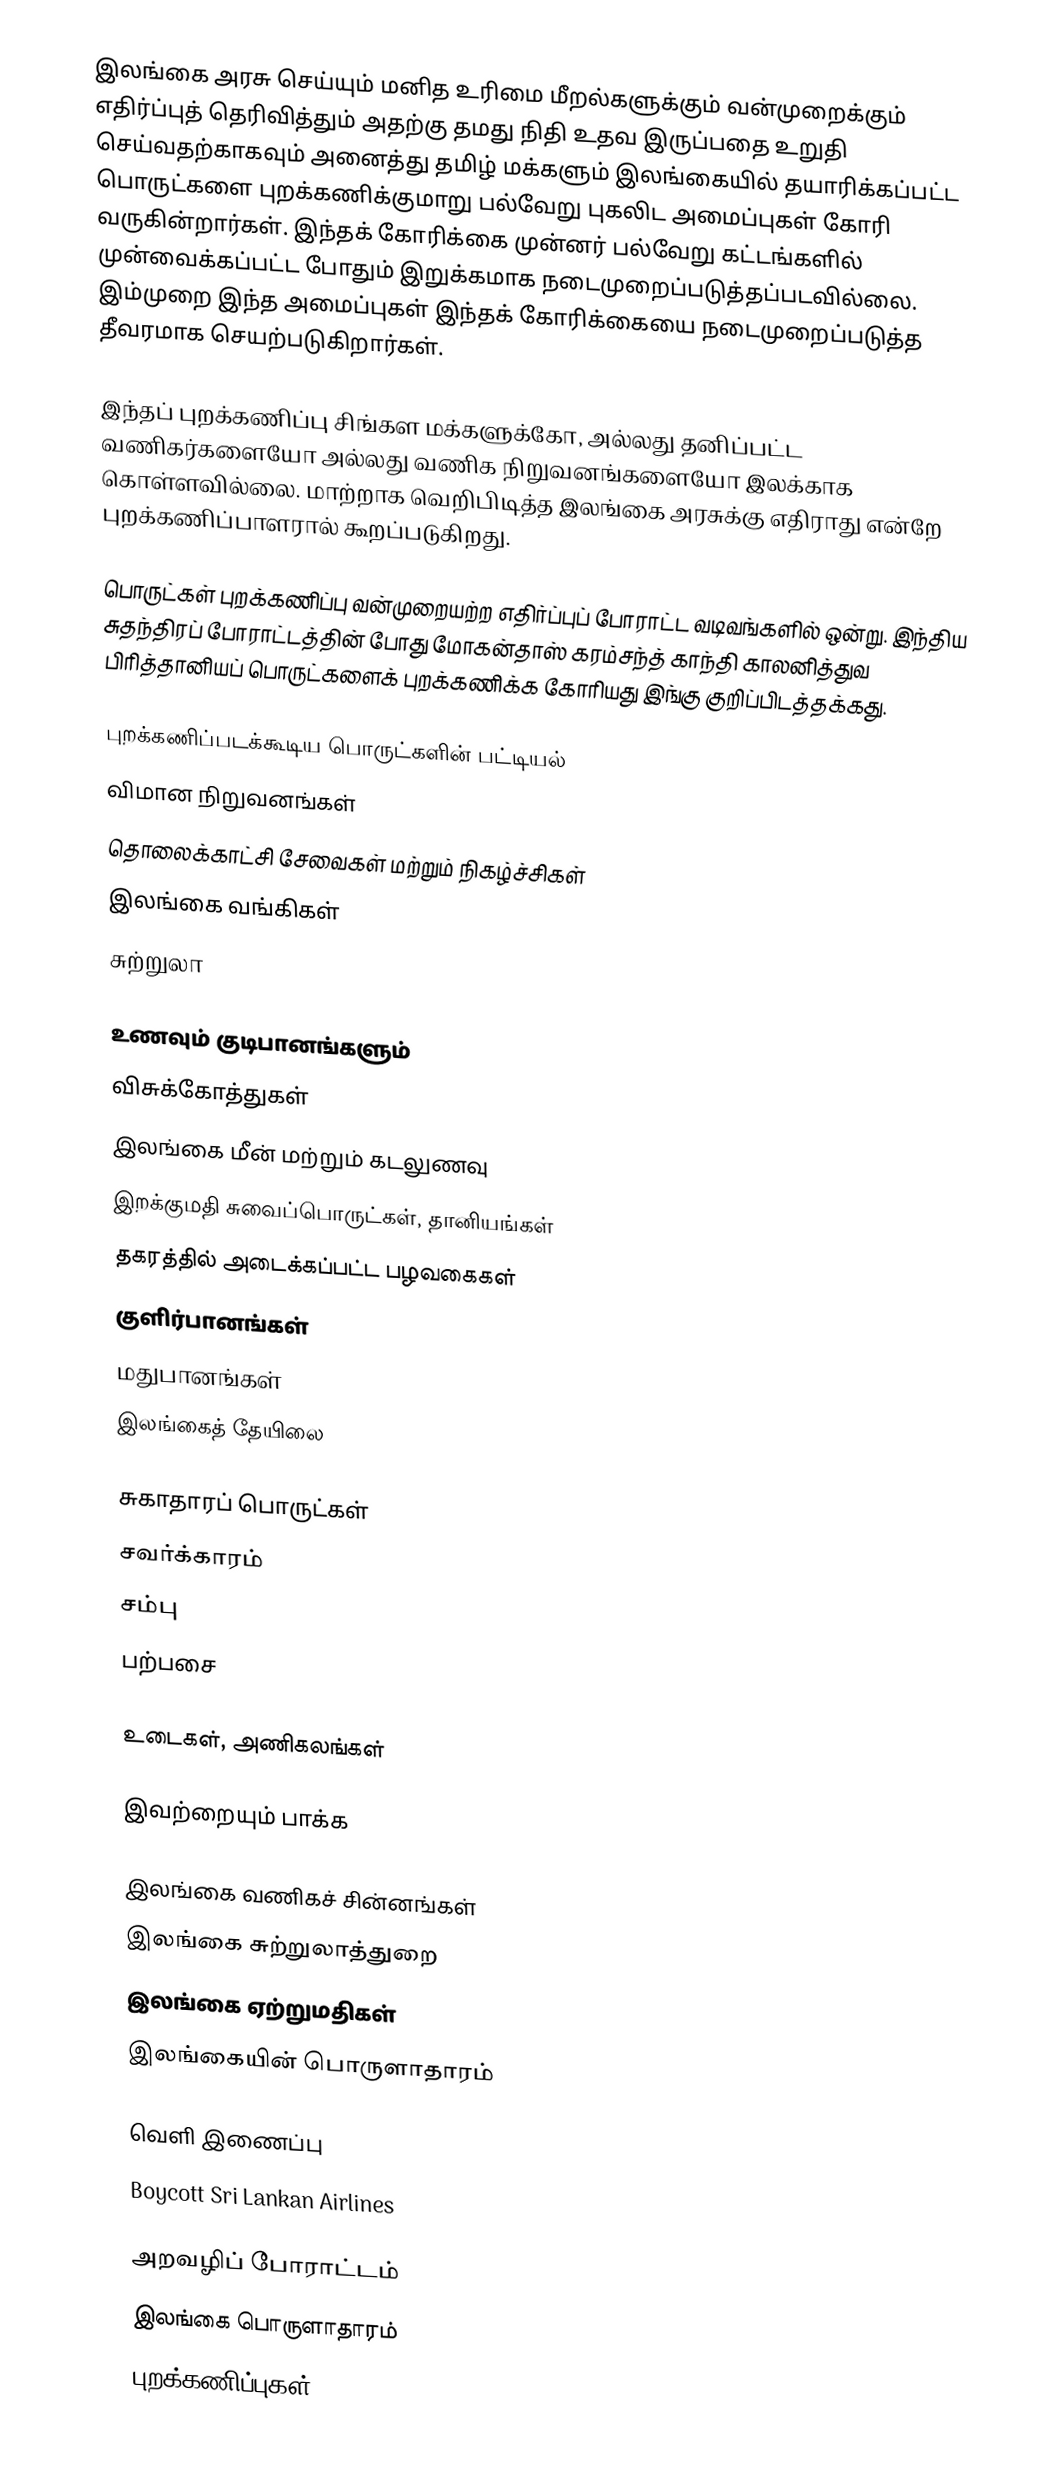
இலங்கை அரசு செய்யும் மனித உரிமை மீறல்களுக்கும் வன்முறைக்கும் எதிர்ப்புத் தெரிவித்தும் அதற்கு தமது நிதி உதவ இருப்பதை உறுதி செய்வதற்காகவும் அனைத்து தமிழ் மக்களும் இலங்கையில் தயாரிக்கப்பட்ட பொருட்களை புறக்கணிக்குமாறு பல்வேறு புகலிட அமைப்புகள் கோரி வருகின்றார்கள். இந்தக் கோரிக்கை முன்னர் பல்வேறு கட்டங்களில் முன்வைக்கப்பட்ட போதும் இறுக்கமாக நடைமுறைப்படுத்தப்படவில்லை. இம்முறை இந்த அமைப்புகள் இந்தக் கோரிக்கையை நடைமுறைப்படுத்த தீவரமாக செயற்படுகிறார்கள்.

இந்தப் புறக்கணிப்பு சிங்கள மக்களுக்கோ, அல்லது தனிப்பட்ட வணிகர்களையோ அல்லது வணிக நிறுவனங்களையோ இலக்காக கொள்ளவில்லை. மாற்றாக வெறிபிடித்த இலங்கை அரசுக்கு எதிராது என்றே புறக்கணிப்பாளரால் கூறப்படுகிறது.

பொருட்கள் புறக்கணிப்பு வன்முறையற்ற எதிர்ப்புப் போராட்ட வடிவங்களில் ஒன்று. இந்திய சுதந்திரப் போராட்டத்தின் போது மோகன்தாஸ் கரம்சந்த் காந்தி காலனித்துவ பிரித்தானியப் பொருட்களைக் புறக்கணிக்க கோரியது இங்கு குறிப்பிடத்தக்கது.

புறக்கணிப்படக்கூடிய பொருட்களின் பட்டியல்
 விமான நிறுவனங்கள்
 தொலைக்காட்சி சேவைகள் மற்றும் நிகழ்ச்சிகள்
 இலங்கை வங்கிகள்
 சுற்றுலா

உணவும் குடிபானங்களும்
 விசுக்கோத்துகள்
 இலங்கை மீன் மற்றும் கடலுணவு
 இறக்குமதி சுவைப்பொருட்கள், தானியங்கள்
 தகரத்தில் அடைக்கப்பட்ட பழவகைகள்
 குளிர்பானங்கள்
 மதுபானங்கள்
 இலங்கைத் தேயிலை

சுகாதாரப் பொருட்கள்
 சவர்க்காரம்
 சம்பு
 பற்பசை

உடைகள், அணிகலங்கள்

இவற்றையும் பாக்க

 இலங்கை வணிகச் சின்னங்கள்
 இலங்கை சுற்றுலாத்துறை
 இலங்கை ஏற்றுமதிகள்
 இலங்கையின் பொருளாதாரம்

வெளி இணைப்பு
 Boycott Sri Lankan Airlines

அறவழிப் போராட்டம்
இலங்கை பொருளாதாரம்
புறக்கணிப்புகள்